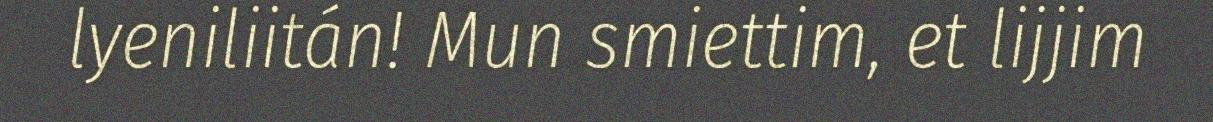
lyeniliitán! Mun smiettim, et lijjim